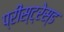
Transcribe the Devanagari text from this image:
प्रीस्ट्रेस्ड